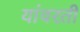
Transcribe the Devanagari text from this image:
यांवरती